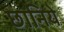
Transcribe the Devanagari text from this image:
छानिये